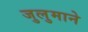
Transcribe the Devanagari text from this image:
जुलुमाने